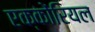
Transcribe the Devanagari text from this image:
एक्कोंरियल